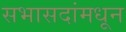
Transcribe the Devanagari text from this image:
सभासदांमधून